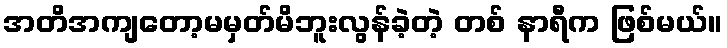
အတိအကျတော့မမှတ်မိဘူးလွန်ခဲ့တဲ့ တစ် နာရီက ဖြစ်မယ်။